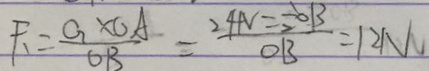
F _ { 1 } = \frac { G \times O A } { O B } = \frac { 2 4 N = \frac { 6 } { 2 } B } { O B } = 1 2 N